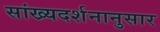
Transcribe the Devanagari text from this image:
सांख्यदर्शनानुसार